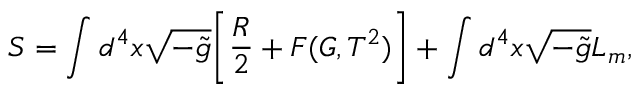
S = \int d ^ { 4 } x \sqrt { - \Tilde { g } } \Bigg [ \frac { R } { 2 } + F ( G , T ^ { 2 } ) \Bigg ] + \int d ^ { 4 } x \sqrt { - \Tilde { g } } L _ { m } ,